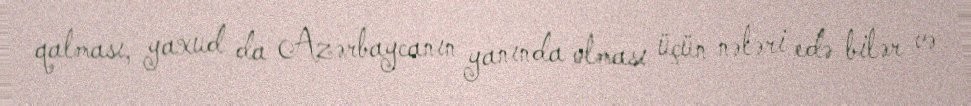
qalması, yaxud da Azərbaycanın yanında olması üçün nələri edə bilər və